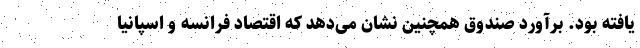
یافته بود. برآورد صندوق همچنین نشان می‌دهد که اقتصاد فرانسه و اسپانیا